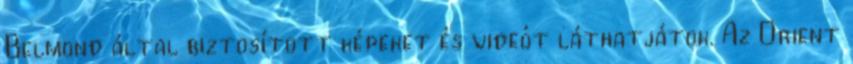
Belmond által biztosított képeket és videót láthatjátok. Az Orient